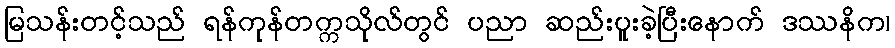
မြသန်းတင့်သည် ရန်ကုန်တက္ကသိုလ်တွင် ပညာ ဆည်းပူးခဲ့ပြီးနောက် ဒဿနိက၊